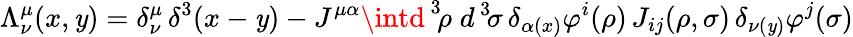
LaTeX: \Lambda_{\nu}^{\mu}(x,\mathit{y})=\delta_{\nu}^{\mu}\, \delta^{3}(x-\mathit{y})-J^{\mu\alpha}\intd^{\, 3}\! \rho\; d^{\, 3}\! \sigma\, \delta_{\alpha(x)}\varphi^{i}(\rho)\, J_{ij}(\rho,\sigma)\, \delta_{\nu(\mathit{y})}\varphi^{j}(\sigma)